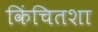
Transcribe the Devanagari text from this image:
किंचितशा